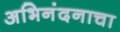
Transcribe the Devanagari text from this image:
अभिनंदनाचा